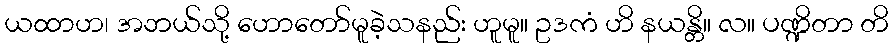
ယထာဟ၊ အဘယ်သို့ ဟောတော်မူခဲ့သနည်း ဟူမူ။ ဥဒကံ ဟိ နယန္တိ။ လ။ ပဏ္ဍိတာ တိ